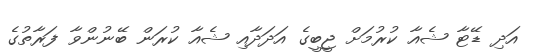
އަދި ޑޭޓާ ޝެއާ ކުރުމަށް ޖީބީގެ އަދަދާއި ޝެއާ ކުރަން ބޭނުންވާ ފަރާތުގެ